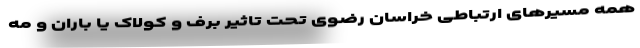
همه مسیرهای ارتباطی خراسان رضوی تحت تاثیر برف و کولاک یا باران و مه